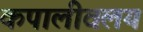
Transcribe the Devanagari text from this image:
कपालीवलय